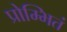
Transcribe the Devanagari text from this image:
प्रोम्भितं